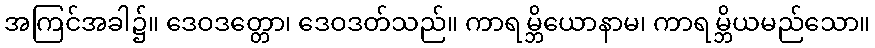
အကြင်အခါ၌။ ဒေဝဒတ္တော၊ ဒေဝဒတ်သည်။ ကာရမ္ဘိယောနာမ၊ ကာရမ္ဘိယမည်သော။